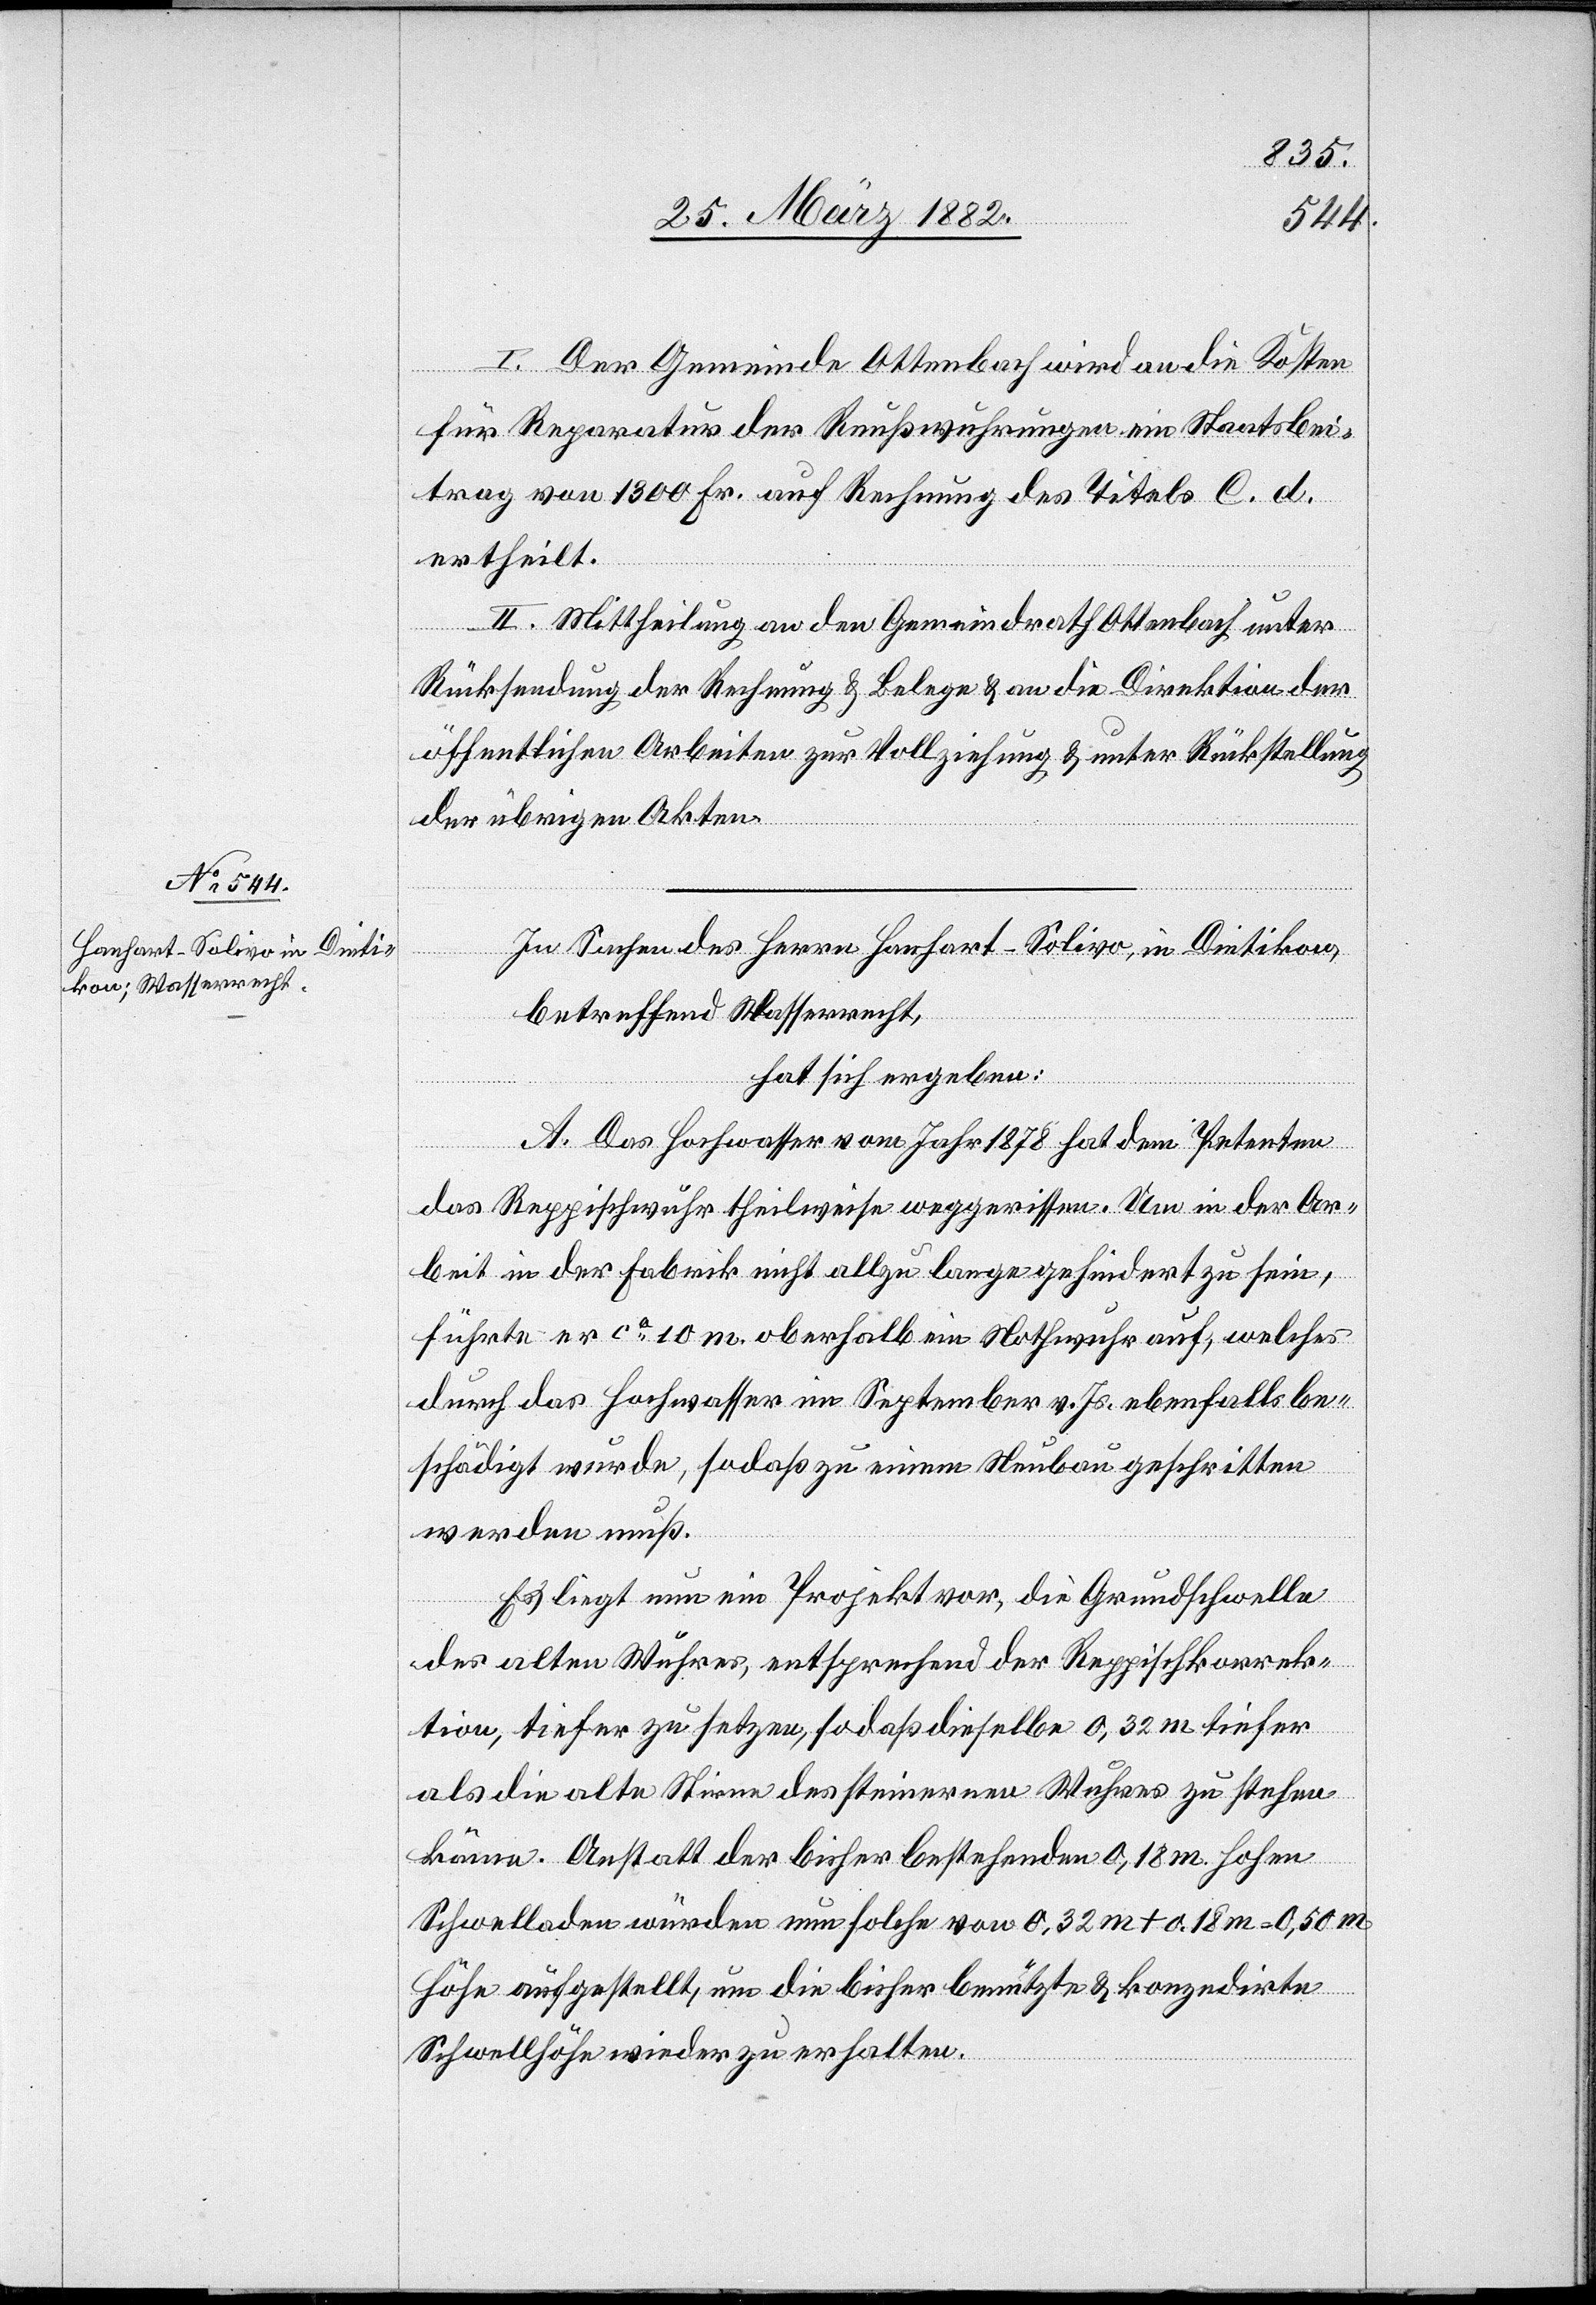
I. Der Gemeinde Ottenbach wird an die Kosten
für Reparatur der Reußwuhrungen ein Staatsbei¬
trag von 1300 Fr. auf Rechnung des Titels C. d.
ertheilt.
II. Mittheilung an den Gemeindrath Ottenbach unter
Rücksendung der Rechnung & Belege & an die Direktion der
öffentlichen Arbeiten zur Vollziehung & unter Rückstellung
der übrigen Akten.
In Sachen des Herrn Hanhart-Solivo, in Dietikon,
betreffend Wasserrecht,
hat sich ergeben:
A. Das Hochwasser vom Jahr 1878 hat dem Petenten
das Reppischwuhr theilweise weggerissen. Um in der Ar¬
beit in der Fabrik nicht allzu lange gehindert zu sein,
führte er ca 10 m oberhalb ein Nothwuhr auf, welches
durch das Hochwasser im September v. Js. ebenfalls be¬
schädigt wurde, sodaß zu einem Neubau geschritten
werden muß.
Es liegt nun ein Projekt vor, die Grundschwelle
des alten Wuhres, entsprechend der Reppischkorrek¬
tion, tiefer zu setzen, so daß dieselbe 0,32 m tiefer
als die alte Stirne des steinernen Wuhres zu stehen
käme. Anstatt der bisher bestehenden 0,18 m hohen
Schwelladen würden nun solche von 0,32 m + 0,18 m
Höhe aufgestellt, um die bisher benutzte & konzedierte
Schwellhöhe wieder zu erhalten.